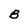
Character: B